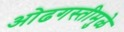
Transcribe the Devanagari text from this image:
ओढगस्तीमुळे